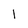
Character: 1